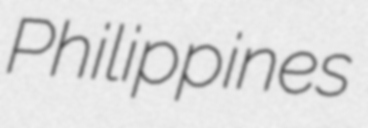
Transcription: Philippines